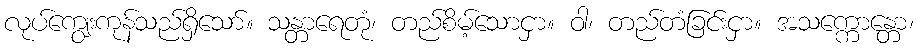
လုပ်ကျွေးကုန်သည်ရှိသော်။ သန္တာရေတုံ၊ တည်စိမ့်သောငှာ။ ဝါ၊ တည်တံခြင်းငှာ။ အသက္ကောန္တော၊